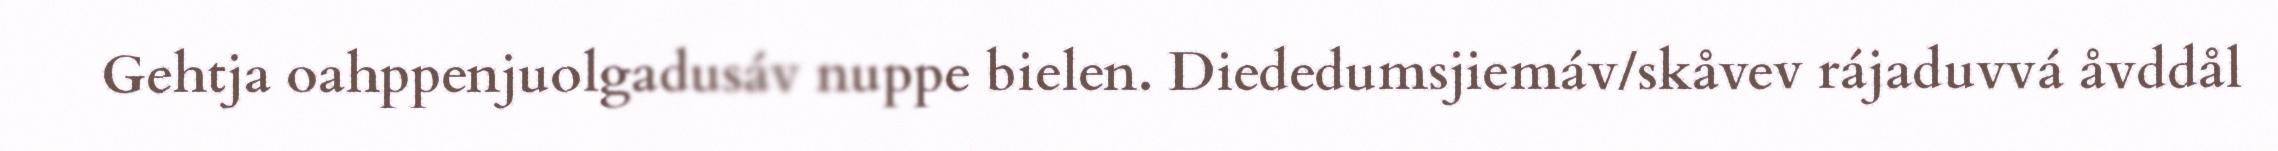
Gehtja oahppenjuolgadusáv nuppe bielen. Diededumsjiemáv/skåvev rájaduvvá åvddål